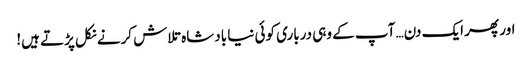
اور پھر ایک دن… آپ کے وہی درباری کوئی نیا بادشاہ تلاش کرنے نکل پڑتے ہیں!